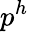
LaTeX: p^{h}